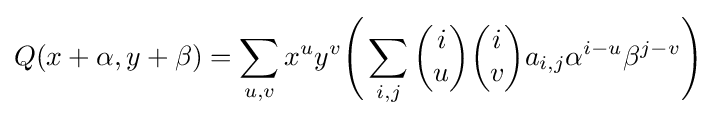
Q(x+\alpha ,y+\beta )=\sum _{u,v}x^{u}y^{v}{\Bigg (}\sum _{i,j}{\begin{pmatrix}i\\u\end{pmatrix}}{\begin{pmatrix}i\\v\end{pmatrix}}a_{i,j}\alpha ^{i-u}\beta ^{j-v}{\Bigg )}